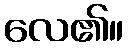
လေ၏။